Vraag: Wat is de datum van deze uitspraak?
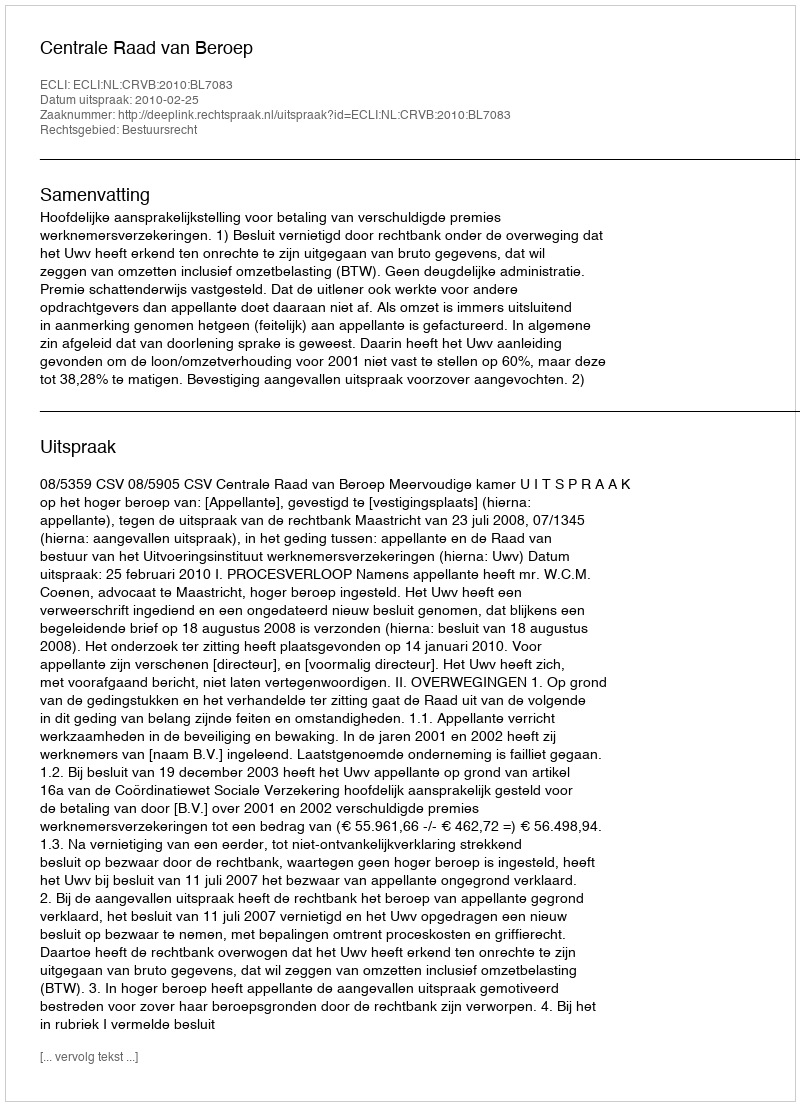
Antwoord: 2010-02-25